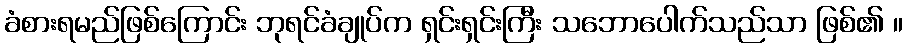
ခံစားရမည်ဖြစ်ကြောင်း ဘုရင်ခံချုပ်က ရှင်းရှင်းကြီး သဘောပေါက်သည်သာ ဖြစ်၏ ။